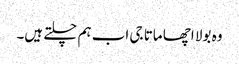
وہ بولا اچھا ماتا جی اب ہم چلتے ہیں۔